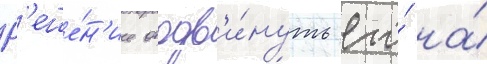
Р'еше́н'ие отодв'и́нуть его́ на́